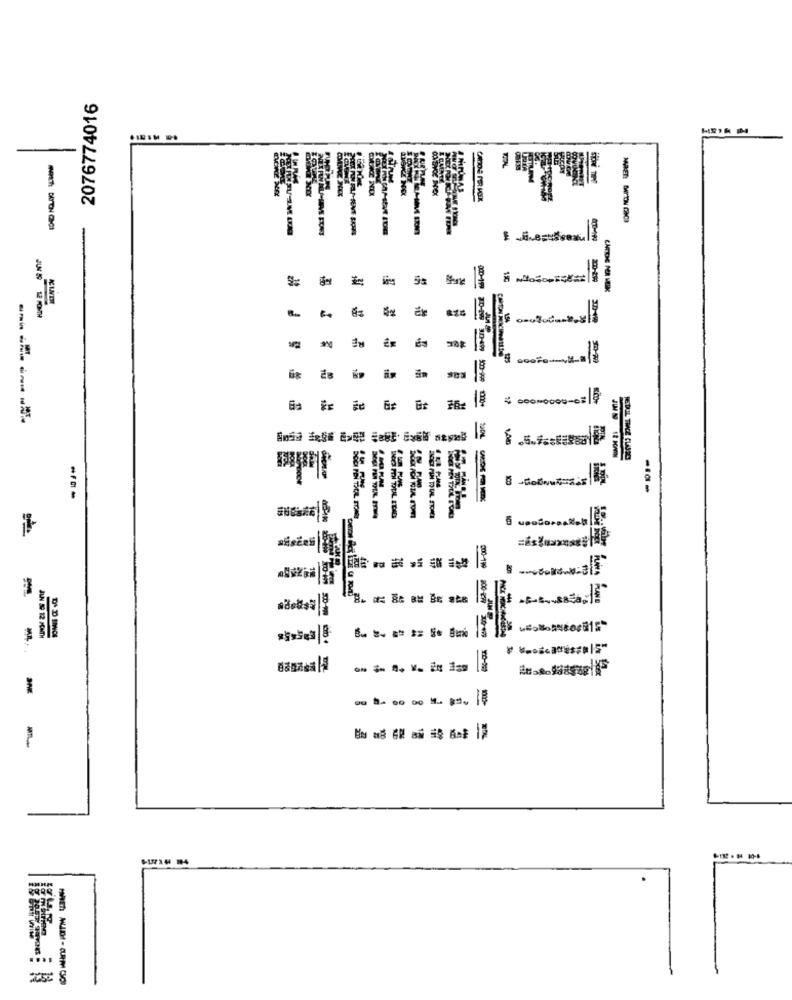
2076774016
-
SURE TIPE
5s
000-199
JUN 89 12 MONTH
SCONODOU-C: 9
.5.4 .======
000-199
FIïïï
woło **** /B15
JUN S9 12 MONTH
====== =
ou 8. 00 00 M .. 81.